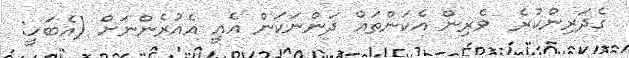
ގެދަރިންކުރެ  ވެރިން އެކަންތައް ދަންނަކަން އެއީ އެއުރެންނަށް (އެބަހީ: